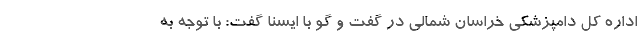
اداره کل دامپزشکی خراسان شمالی در گفت و گو با ایسنا گفت: با توجه به